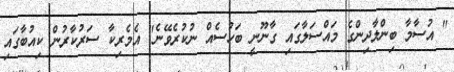
" އުސާމާ ބިންލާދިންގެ މައްސަލާގައި ގާނޫނީ ބަހުސެއް ނުކުރެވޭނެ" އެމެރިކާ ސަރުކާރުން ކިއުބާގައި